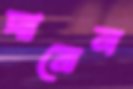
ঘামেন